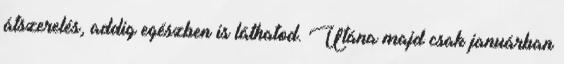
átszerelés, addig egészben is láthatod. Utána majd csak januárban